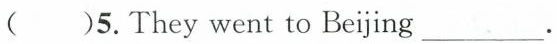
( )5.They went to Beijing ___.